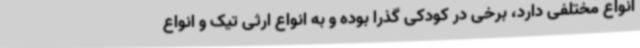
انواع مختلفی دارد، برخی در کودکی گذرا بوده و به انواع ارثی تیک و انواع